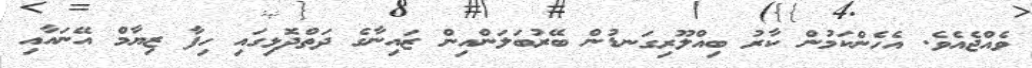
ވެއްޖެއެވެ. އެހެންކަމުން ކާރު ބިއްލޫރިގަނޑުން ބޭރުބަލަންއިން ޒައިނާގެ ދަތްދޮޅިގައި ހިފާ ޒިޔާމް އޭނައާއި